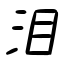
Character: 泪